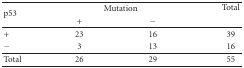
<table><thead><tr><td rowspan="2"><b>p53</b></td><td colspan="2"><b>Mutation</b></td><td><b>Total</b></td></tr><tr><td><b>+ </b></td><td><b>−</b></td></tr></thead><tbody><tr><td>+</td><td>23</td><td>16</td><td>39</td></tr><tr><td>−</td><td>3</td><td>13</td><td>16</td></tr><tr><td>Total</td><td>26</td><td>29</td><td>55</td></tr></tbody></table>